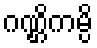
ဂဏ္ဌိကမ္ပိ